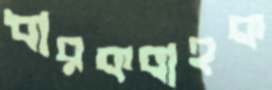
ধারকবাহক